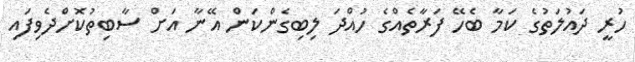
ހުރީ ދައުލަތުގެ ކަމާ ބެހޭ ފަރާތެއްގެ ހުއްދަ ލިބިގެންކަން އޭނާ އަށް ސާބިތުކޮށްދެވިފައި